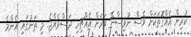
ކުރިން އެއްގޮތަކަށް ވެސް ނުވިސްނޭ ވަރަށް އެއްޗިހި ދަސްވެއްޖެ. މި ތަނުގައި އެންމެ